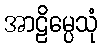
အာဠိမ္ပေသုံ